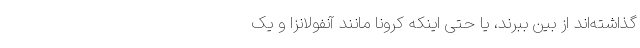
گذاشته‌اند از بین ببرند، یا حتی اینکه کرونا مانند آنفولانزا و یک